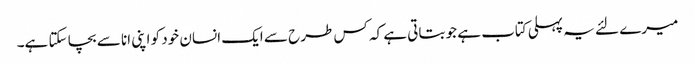
میرے لئے یہ پہلی کتاب ہے جو بتاتی ہے کہ کس طرح سے ایک انسان خود کو اپنی انا سے بچا سکتا ہے۔